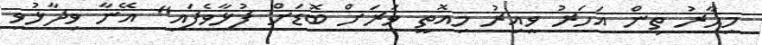
މިހާރު ތިން އަހަރު ވީއިރު މިއޮތީ ވަރަށް ބޮޑަށް ފުޅާވެފައި" އޭނާ ވިދާޅުވި